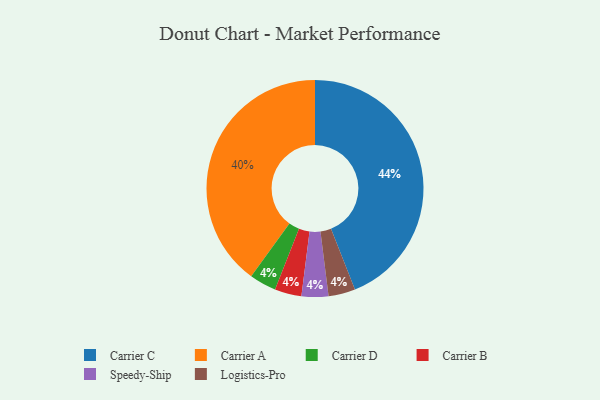
{"axis": {"x": "Category", "y": "Percentage"}, "legend": ["Carrier A", "Carrier B", "Carrier C", "Carrier D", "Logistics-Pro", "Speedy-Ship"], "data": [{"x": "Carrier D", "y": 4, "type": "Carrier D"}, {"x": "Carrier B", "y": 4, "type": "Carrier B"}, {"x": "Speedy-Ship", "y": 4, "type": "Speedy-Ship"}, {"x": "Carrier C", "y": 44, "type": "Carrier C"}, {"x": "Logistics-Pro", "y": 4, "type": "Logistics-Pro"}, {"x": "Carrier A", "y": 40, "type": "Carrier A"}]}